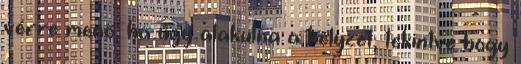
vérre menő, ha úgy alakulna a helyzet, tekintve hogy